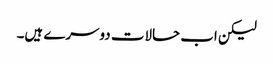
لیکن اب حالات دوسرے ہیں۔